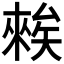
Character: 𥏳